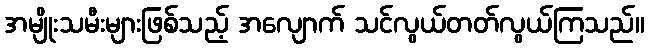
အမျိုးသမီးများဖြစ်သည့် အလျောက် သင်လွယ်တတ်လွယ်ကြသည်။